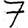
Digit: 7